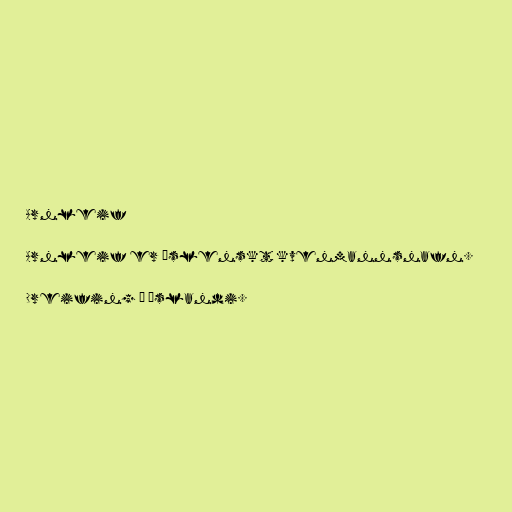
Arnleif

Arnleif er íslenskt kvenmannsnafn.

Dreifing á Íslandi.